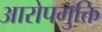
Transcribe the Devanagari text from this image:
आरोपमुक्ति